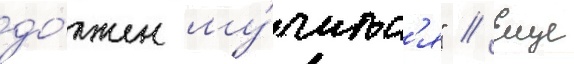
до́лжен му́читьс'я" // Еще